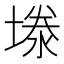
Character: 𪤉